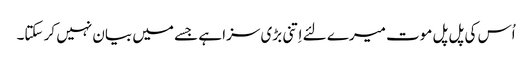
اُس کی پل پل موت میرے لئے اِتنی بڑی سزا ہے جسے میں بیان نہیں کر سکتا۔